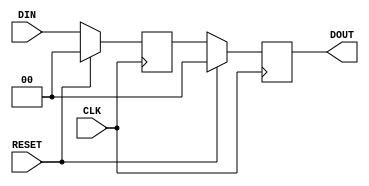
`timescale 1ns/1ps
module register #(
    parameter NUM_STAGES = 2,
    parameter DATA_WIDTH = 2
)(
    input  wire                  CLK,
    input  wire                  RESET,
    input  wire [DATA_WIDTH-1:0] DIN,
    output wire [DATA_WIDTH-1:0] DOUT
);

genvar i;
generate
if (NUM_STAGES == 0) 
begin
    assign DOUT = DIN;
end 
else if (NUM_STAGES > 0) 
begin
    reg [NUM_STAGES*DATA_WIDTH-1:0] din_delay;
    always @(posedge CLK)
    begin
        if(RESET)
        begin
            din_delay[DATA_WIDTH-1:0] <= 0;
        end else
        begin
            din_delay[DATA_WIDTH-1:0] <= DIN;
        end
    end
    for (i=1; i<NUM_STAGES; i=i+1)
    begin : REGISTER_STAGES
        always @(posedge CLK)
        begin
            if(RESET)
            begin
                din_delay[i*DATA_WIDTH+:DATA_WIDTH] <= 0;
            end else
            begin
                din_delay[i*DATA_WIDTH+:DATA_WIDTH] <= din_delay[(i-1)*DATA_WIDTH+:DATA_WIDTH];
            end
        end
    end
    assign DOUT = din_delay[(NUM_STAGES-1)*DATA_WIDTH+:DATA_WIDTH];
end
endgenerate


endmodule